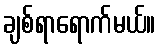
ချစ်ရာရောက်မယ်။